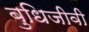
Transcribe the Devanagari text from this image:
बुधिजीवी